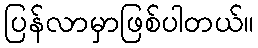
ပြန်လာမှာဖြစ်ပါတယ်။